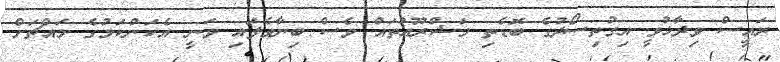
ރައީސް ވިދާޅުވީ އިގުތިސޯދުގެ ބޮޑެތި މަޝްރޫއުތައް ވެސް ބިނާވެފައި ވަނީ އެކަންކަމުގެ މައްޗަށް